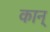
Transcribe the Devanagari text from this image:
कान्‌